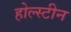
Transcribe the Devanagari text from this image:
होल्स्टीन